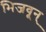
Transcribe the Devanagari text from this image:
भिजवून्